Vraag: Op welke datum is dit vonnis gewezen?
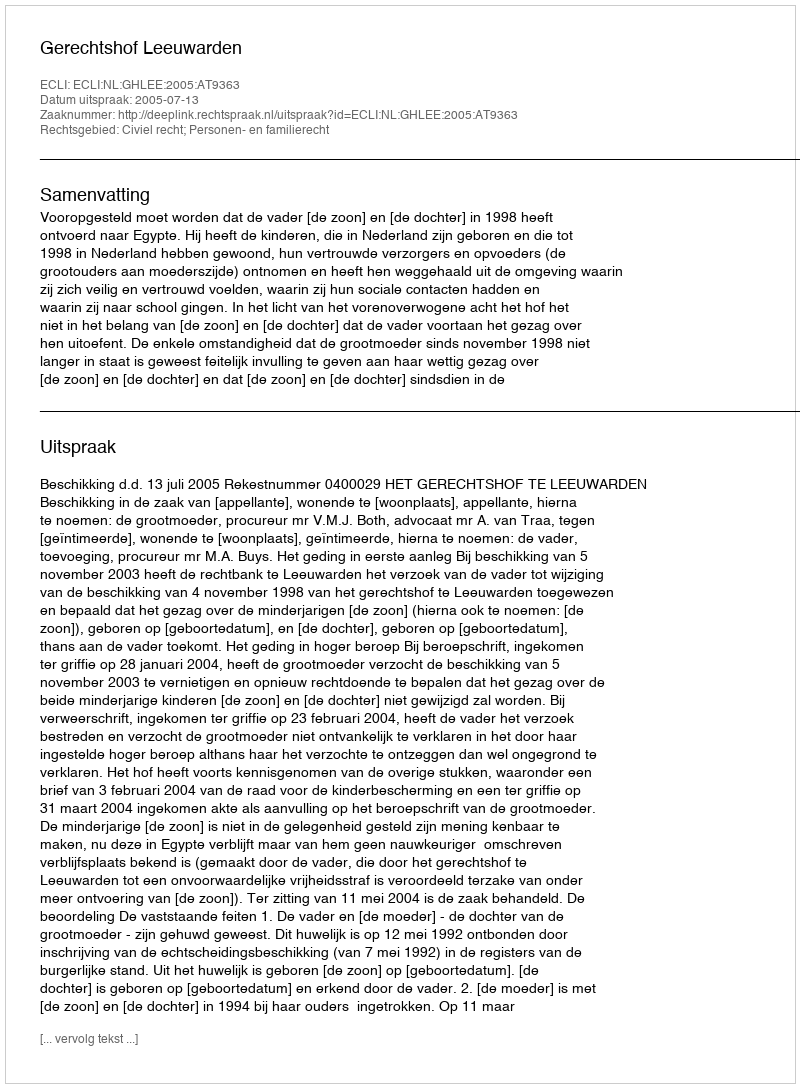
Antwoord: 2005-07-13